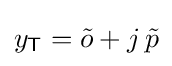
y_{\mathsf {T}}={\tilde {o}}+j\,{\tilde {p}}